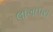
લાખાપરા